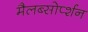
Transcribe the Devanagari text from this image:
मैलब्सोर्प्शन